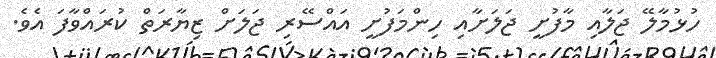
ހުޅުމާލޭ ޖަލާއި މާފުށީ ޖަލަށާއި ހިންމަފުށީ އައްސޭރި ޖަލަށް ޒިޔާރަތް ކުރައްވާފަ އެވެ.